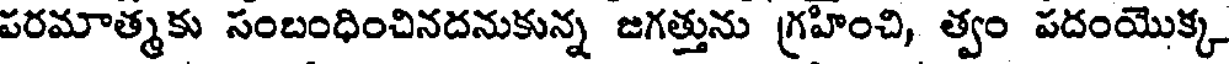
పరమాత్మకు సంబంధించినదనుకున్న జగత్తును గ్రహించి, త్వం పదంయొక్క